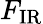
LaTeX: F_{\mathrm{{IR}}}